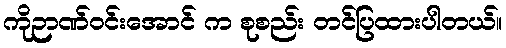
ကိုဉာဏ်ဝင်းအောင် က စုစည်း တင်ပြထားပါတယ်။